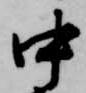
中